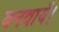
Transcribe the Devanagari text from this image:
बनवायें।